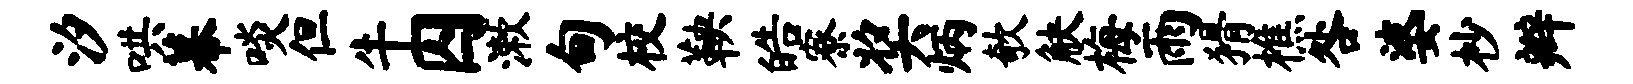
汐哄幕啖但牛囚漱甸校鞅皓寮奖炳欹觖梅雨猾樵咎婆杪辫